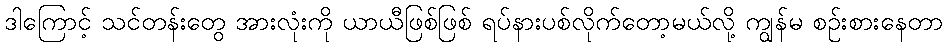
ဒါကြောင့် သင်တန်းတွေ အားလုံးကို ယာယီဖြစ်ဖြစ် ရပ်နားပစ်လိုက်တော့မယ်လို့ ကျွန်မ စဉ်းစားနေတာ